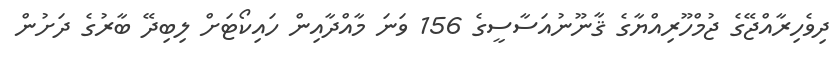
ދިވެހިރާއްޖޭގެ ޖުމްހޫރިއްޔާގެ ޤާނޫނުއަސާސީގެ 156 ވަނަ މާއްދާއިން ހައިކޯޓަށް ލިބިދޭ ބާރުގެ ދަށުން